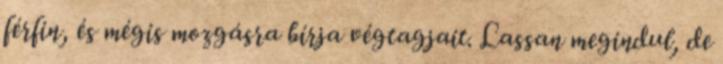
férfin, és mégis mozgásra bírja végtagjait. Lassan megindul, de